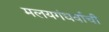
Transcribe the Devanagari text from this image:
मलयगंधर्वाची